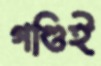
গণ্ডিই